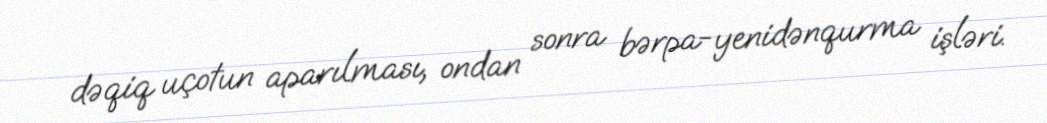
dəqiq uçotun aparılması, ondan sonra bərpa-yenidənqurma işləri.